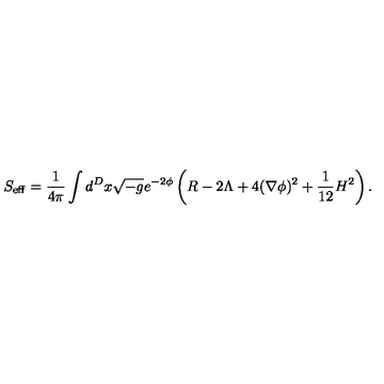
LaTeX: S _ { \mathrm { e f f } } = \frac { 1 } { 4 \pi } \int d ^ { D } x \sqrt { - g } e ^ { - 2 \phi } \left( R - 2 \Lambda + 4 ( \nabla \phi ) ^ { 2 } + \frac { 1 } { 1 2 } H ^ { 2 } \right) .